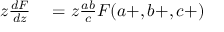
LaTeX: \begin{array} { r l } { z { \frac { d F } { d z } } } & { { } = z { \frac { a b } { c } } F ( a + , b + , c + ) } \end{array}